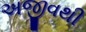
અજીવથી